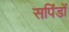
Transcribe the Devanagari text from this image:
सपिंडों